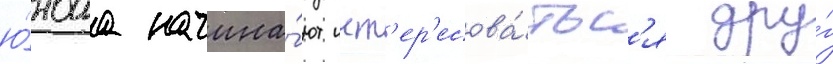
ю́ноша начина́ют инт'ер'есова́тьс'я дру́г